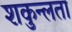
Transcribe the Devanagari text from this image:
शकुन्‍लता